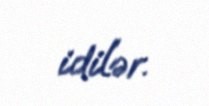
idilər.